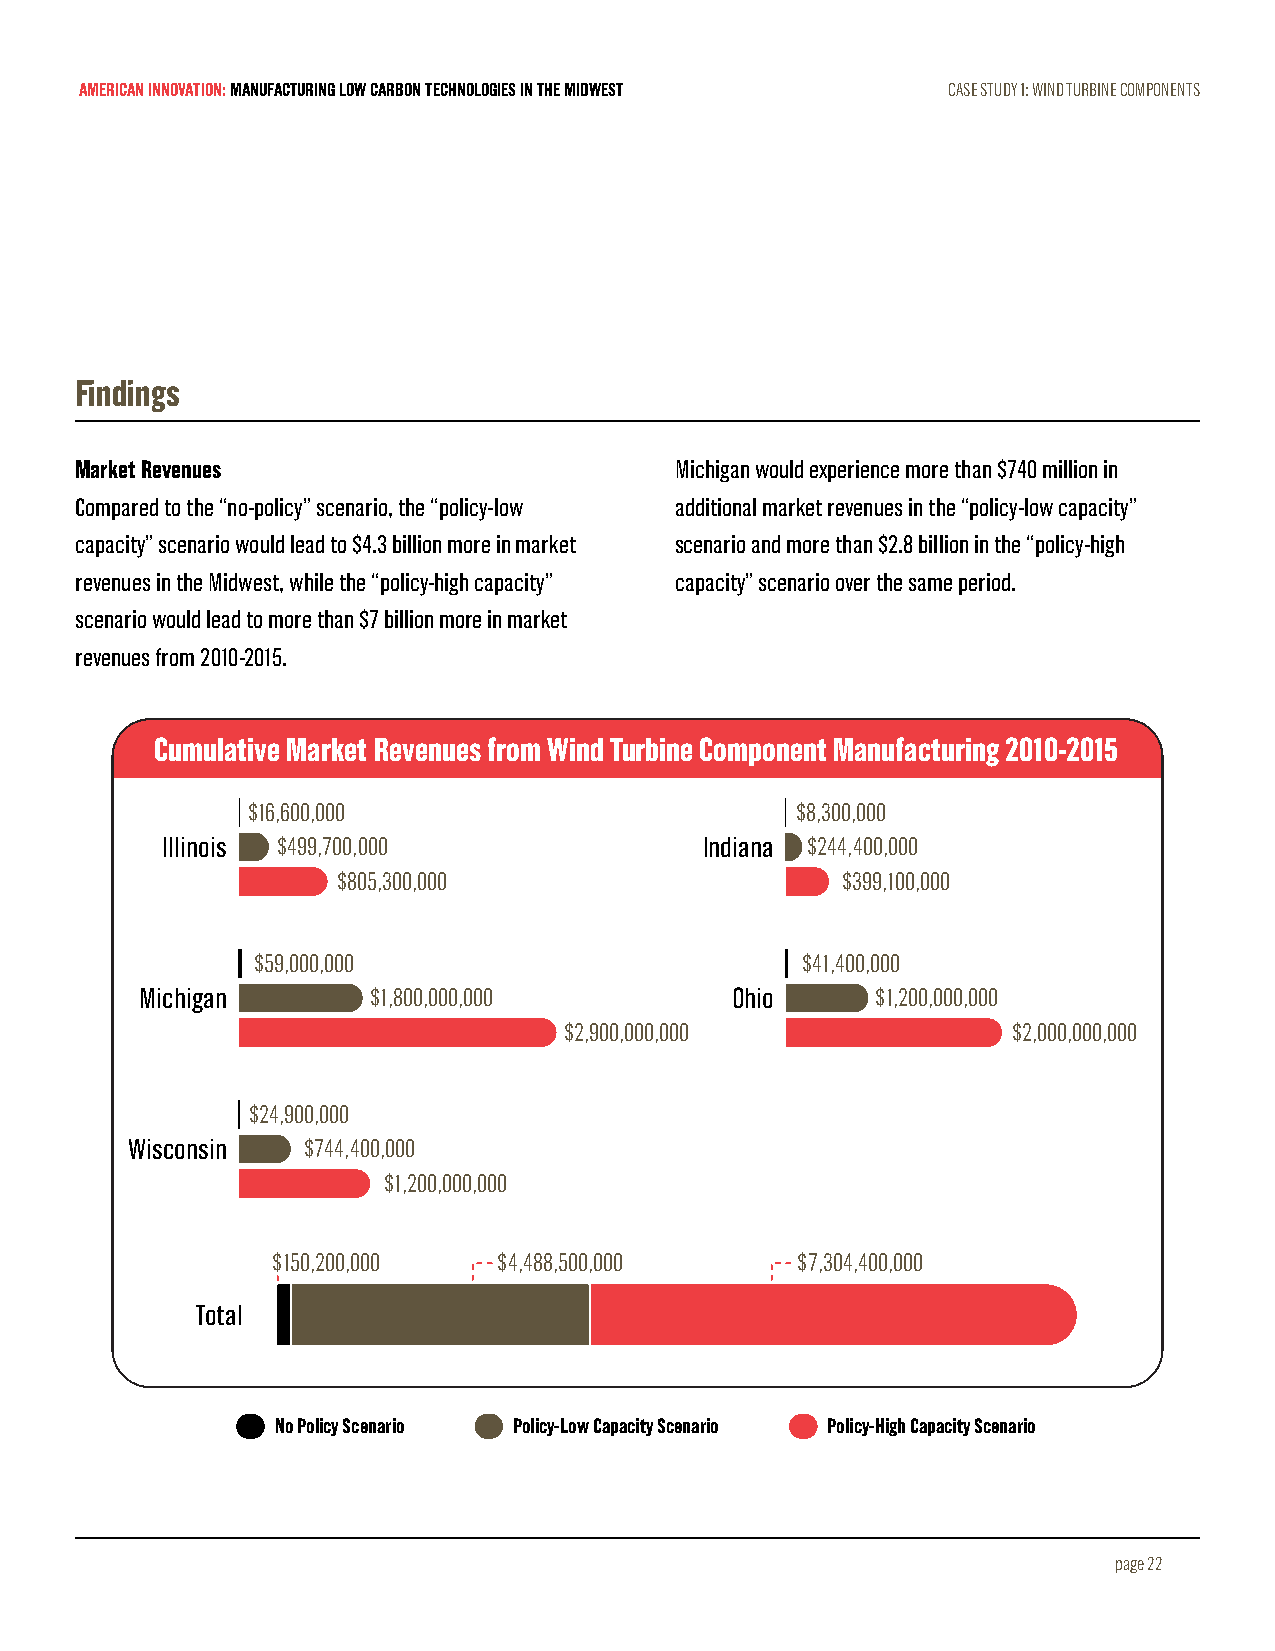
AMERICAN INNOVATION: MANUFACTURING LOW CARBON TECHNOLOGIES IN THE MIDWEST CASE STUDY 1: WIND TURBINE COMPONENTS
 Findings
 Market Revenues                         Michigan would experience more than $740 million in
 Compared to the “no-policy” scenario, the “policy-low additional market revenues in the “policy-low capacity”
 capacity” scenario would lead to $4.3 billion more in market scenario and more than $2.8 billion in the “policy-high
 revenues in the Midwest, while the “policy-high capacity” capacity” scenario over the same period.
 scenario would lead to more than $7 billion more in market
 revenues from 2010-2015.
 Cumulative Market Revenues from Wind Turbine Component Manufacturing 2010-2015
 $16,600,000                          $8,300,000
 Illinois $499,700,000               Indiana $244,400,000
 $805,300,000                      $399,100,000
 $59,000,000                         $41,400,000
 Michigan        $1,800,000,000         Ohio      $1,200,000,000
 $2,900,000,000                $2,000,000,000
 $24,900,000
 Wisconsin  $744,400,000
 $1,200,000,000
 $150,200,000   $4,488,500,000      $7,304,400,000
 Total
 No Policy Scenario Policy-Low Capacity Scenario Policy-High Capacity Scenario
 page 22